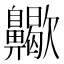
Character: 𪗀